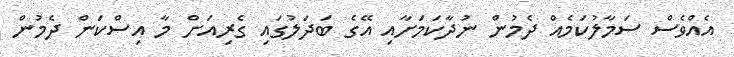
އެއްވެސް ސަމާލުކަމެއް ދެމުން ނުދާކަމަށާއި އޭގެ ބަދަލުގައި ގެރިއަށް މާ އިސްކަން ދެމުން